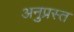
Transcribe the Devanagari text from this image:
अनुप्रस्त